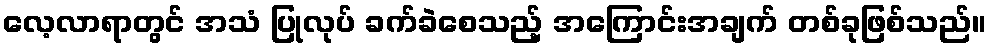
လေ့လာရာတွင် အသံ ပြုလုပ် ခက်ခဲစေသည့် အကြောင်းအချက် တစ်ခုဖြစ်သည်။